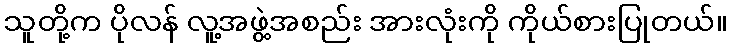
သူတို့က ပိုလန် လူ့အဖွဲ့အစည်း အားလုံးကို ကိုယ်စားပြုတယ်။